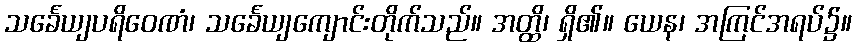
သင်္ခေယျပရိဝေဏံ၊ သင်္ခေယျကျောင်းတိုက်သည်။ အတ္ထိ၊ ရှိ၏။ ယေန၊ အကြင်အရပ်၌။